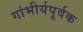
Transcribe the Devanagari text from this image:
गांभीर्यपूर्वक